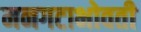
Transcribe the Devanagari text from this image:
मनगटाभोवती